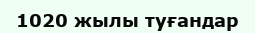
1020 жылы туғандар